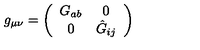
g _ { \mu \nu } = \left( \begin{array} { c c } { G _ { a b } } & { 0 } \\ { 0 } & { \hat { G } _ { i j } } \\ \end{array} \right)